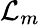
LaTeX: {\mathcal{L}}_{m}